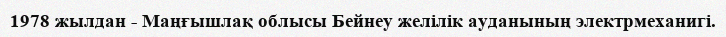
1978 жылдан - Маңғышлақ облысы Бейнеу желілік ауданының электрмеханигі.